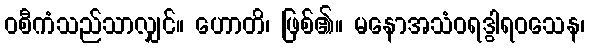
ဝစီကံသည်သာလျှင်။ ဟောတိ၊ ဖြစ်၏။ မနောအသံဝရဒွါရဝသေန၊